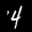
Label: 4